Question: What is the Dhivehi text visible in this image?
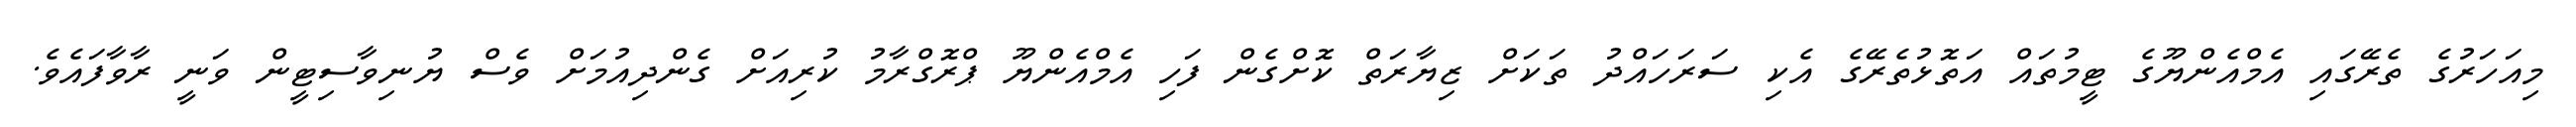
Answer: މިއަހަރުގެ ތެރޭގައި އެމްއެންޔޫގެ ޓީމުތައް އަތޮޅުތެރޭގެ އެކި ސަރަހައްދު ތަކަށް ޒިޔާރަތް ކޮށްގެން ފަހި އެމްއެންޔޫ ޕްރޮގްރާމު ކުރިއަށް ގެންދިއުމަށް ވެސް ޔުނިވާސިޓީން ވަނީ ރާވާފައެވެ.